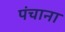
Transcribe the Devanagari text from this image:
पंचाना